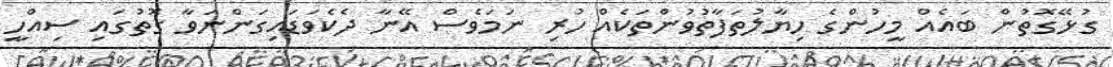
ގުޅޭގޮތުން ބައެއް މީހުންގެ ހިޔާލުތަފާތުވުންތަކެއް ހުރި ނަމަވެސް އޭނާ ދެކެވަޑައިގަންނަވާ ގޮތުގައި ސިއްހީ